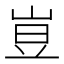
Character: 𡸈